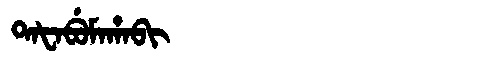
Manchu: ᡨᠠᡶᠠᠪᡠᠮᠠᡥᠠᠪᡳ
Romanization: TAFABUMAHABI